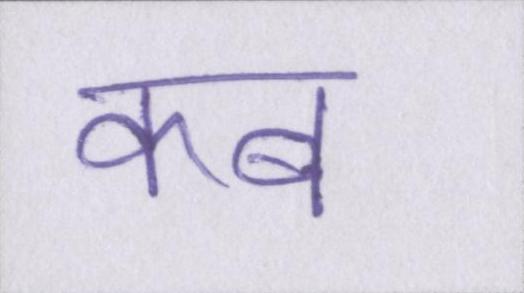
कब